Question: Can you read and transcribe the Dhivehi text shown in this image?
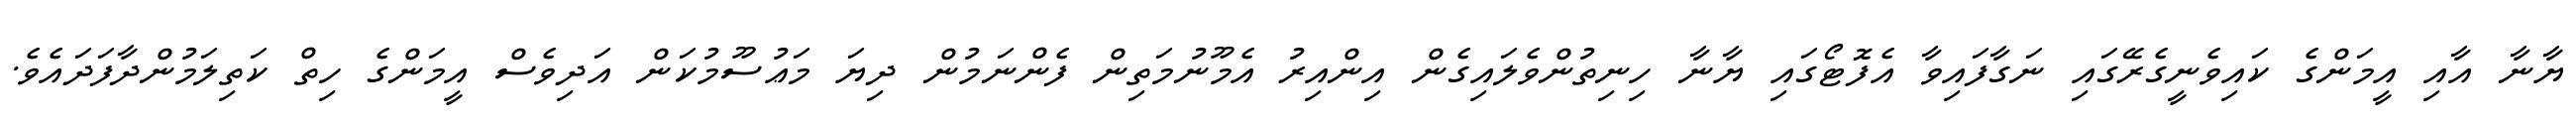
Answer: ޔާނާ އާއި އީމަންގެ ކައިވެނީގެރޭގައި ނަގާފައިވާ އެފޮޓޯގައި ޔާނާ ހިނިތުންވެލައިގެން އިންއިރު އެމޫނުމަތިން ފެންނަމުން ދިޔަ މަޢުސޫމުކަން އަދިވެސް އީމަންގެ ހިތް ކަތިލަމުންދާފަދައެވެ.